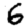
Digit: 6